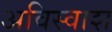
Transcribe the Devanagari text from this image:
अविस्वाश